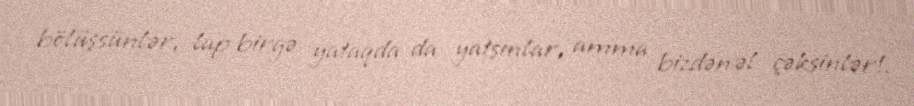
bölüşsünlər, lap birgə yataqda da yatsınlar, amma bizdən əl çəksinlər!.